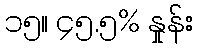
၁၅။ ၄၅.၅% နှုန်း